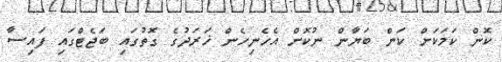
ކޮން ކަމަކަށް ކަން ބަޔާން ނުކޮށް އެހެނިހެން ޚަރަދުގެ ގޮތުގައި ބަޖެޓްގައި ފައިސާ